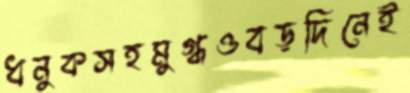
ধনুকসহমুগ্ধওবড়দিনেই